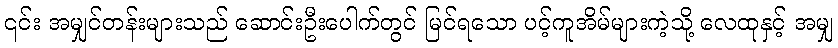
၎င်း အမျှင်တန်းများသည် ဆောင်းဦးပေါက်တွင် မြင်ရသော ပင့်ကူအိမ်များကဲ့သို့ လေထုနှင့် အမျှ